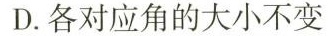
D.各对应角的大小不变